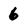
Character: 6